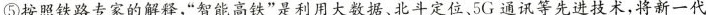
⑤按照铁路专家的解释，”智能高铁”是利用大数据、北斗定位、5G通讯等先进技术，将新一代